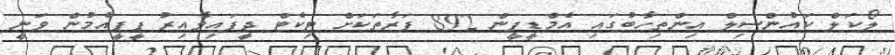
ލޯކަލް ކައުންސިލް އިންތިހާބުގައި އެމްޑީޕީން 892 ފަރާތަކަށް ޓިކެޓް ދީފައިވާއިރު ޕީޕީއެމުން ވަނީ